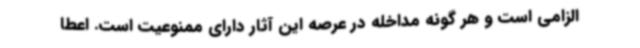
الزامی است و هر گونه مداخله در عرصه این آثار دارای ممنوعیت است. اعطا